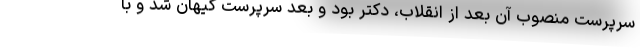
سرپرست منصوب آن بعد از انقلاب، دکتر بود و بعد سرپرست کیهان شد و با